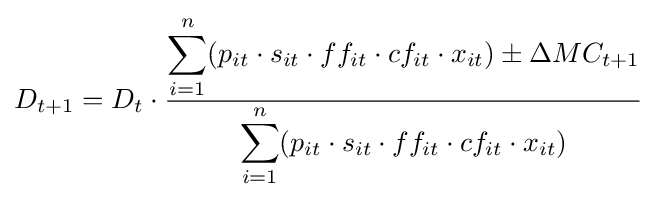
D_{t+1}=D_{t}\cdot {\frac {\displaystyle \sum _{i=1}^{n}(p_{it}\cdot s_{it}\cdot ff_{it}\cdot cf_{it}\cdot x_{it})\pm \Delta MC_{t+1}}{\displaystyle \sum _{i=1}^{n}(p_{it}\cdot s_{it}\cdot ff_{it}\cdot cf_{it}\cdot x_{it})}}